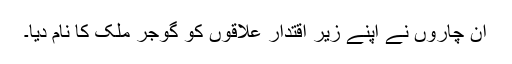
ان چاروں نے اپنے زیر اقتدار علاقوں کو گوجر ملک کا نام دیا۔